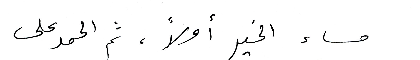
مساء الخير أولاً ، ثم الحمد على